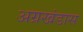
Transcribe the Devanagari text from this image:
अग्रखंडास